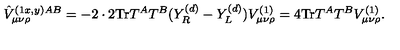
\hat { V } _ { \mu \nu \rho } ^ { ( 1 x , y ) A B } = - 2 \cdot 2 \mathrm { T r } T ^ { A } T ^ { B } ( Y _ { R } ^ { ( d ) } - Y _ { L } ^ { ( d ) } ) V _ { \mu \nu \rho } ^ { ( 1 ) } = 4 \mathrm { T r } T ^ { A } T ^ { B } V _ { \mu \nu \rho } ^ { ( 1 ) } .